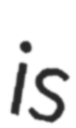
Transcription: is